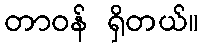
တာဝန် ရှိတယ်။